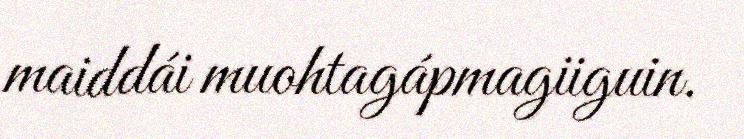
maiddái muohtagápmagiiguin.